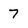
Character: 7